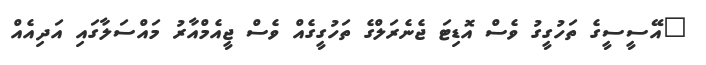
"އޭސީސީގެ ތަހުގީގު ވެސް އޮޑިޓަ ޖެނެރަލްގެ ތަހުގީގެއް ވެސް ޖީއެމްއާރު މައްސަލާގައި އަދިއެއް